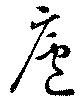
廬